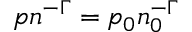
p n ^ { - \Gamma } = p _ { 0 } n _ { 0 } ^ { - \Gamma }